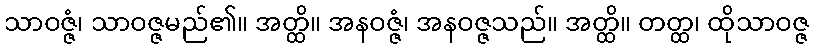
သာဝဇ္ဇံ၊ သာဝဇ္ဇမည်၏။ အတ္ထိ။ အနဝဇ္ဇံ၊ အနဝဇ္ဇသည်။ အတ္ထိ။ တတ္ထ၊ ထိုသာဝဇ္ဇ